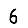
Digit: 6